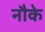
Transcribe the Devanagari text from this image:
नौके